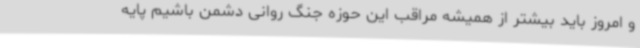
و امروز باید بیشتر از همیشه مراقب این حوزه جنگ روانی دشمن باشیم پایه